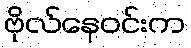
ဗိုလ်နေဝင်းက